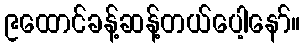
၉ထောင်ခန့်ဆန့်တယ်ပေါ့နော်။